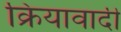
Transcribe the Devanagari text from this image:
क्रियावादी